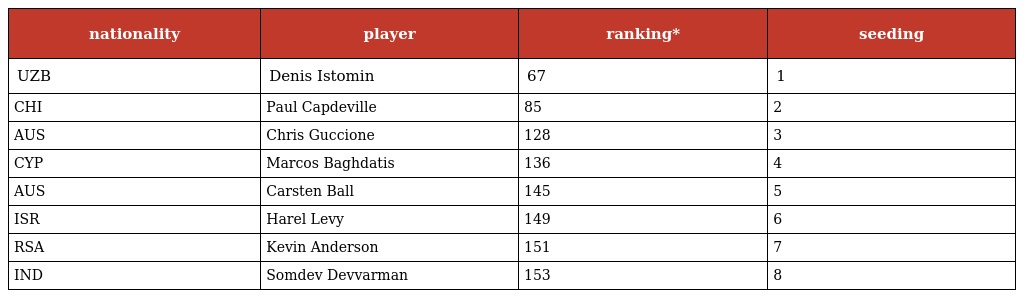
| nationality | player | ranking* | seeding |
 | --- | --- | --- | --- |
 | UZB | Denis Istomin | 67 | 1 |
 | CHI | Paul Capdeville | 85 | 2 |
 | AUS | Chris Guccione | 128 | 3 |
 | CYP | Marcos Baghdatis | 136 | 4 |
 | AUS | Carsten Ball | 145 | 5 |
 | ISR | Harel Levy | 149 | 6 |
 | RSA | Kevin Anderson | 151 | 7 |
 | IND | Somdev Devvarman | 153 | 8 |